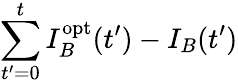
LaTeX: \sum_{t^{\prime}=0}^{t}I_{B}^{\mathrm{opt}}(t^{\prime})-I_{B}(t^{\prime})